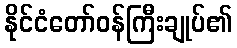
နိုင်ငံတော်ဝန်ကြီးချုပ်၏